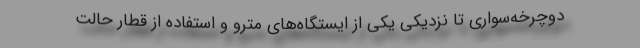
دوچرخه‌سواری تا نزدیکی یکی از ایستگاه‌های مترو و استفاده از قطار حالت